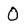
Character: O